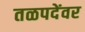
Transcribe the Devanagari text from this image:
तळपदेंवर